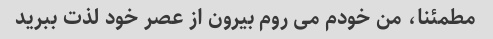
مطمئنا، من خودم می روم بیرون از عصر خود لذت ببرید